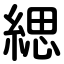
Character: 緦